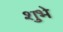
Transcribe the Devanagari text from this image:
शुभे